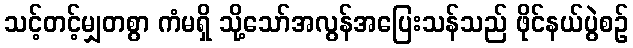
သင့်တင့်မျှတစွာ ကံမရှိ သို့သော်အလွန်အပြေးသန်သည် ဖိုင်နယ်ပွဲစဉ်